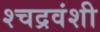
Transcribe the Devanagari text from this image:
श्चद्रवंशी